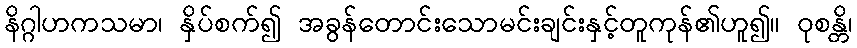
နိဂ္ဂါဟကသမာ၊ နှိပ်စက်၍ အခွန်တောင်းသောမင်းချင်းနှင့်တူကုန်၏ဟူ၍။ ဝုစန္တိ၊